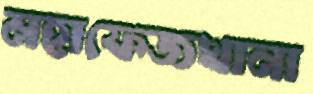
মহাফেজখানা